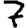
Digit: 7